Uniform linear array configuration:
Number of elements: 32
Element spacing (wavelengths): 0.75
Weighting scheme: cosine
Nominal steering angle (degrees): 15
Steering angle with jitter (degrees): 15.56
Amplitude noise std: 0.05
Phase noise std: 0.05

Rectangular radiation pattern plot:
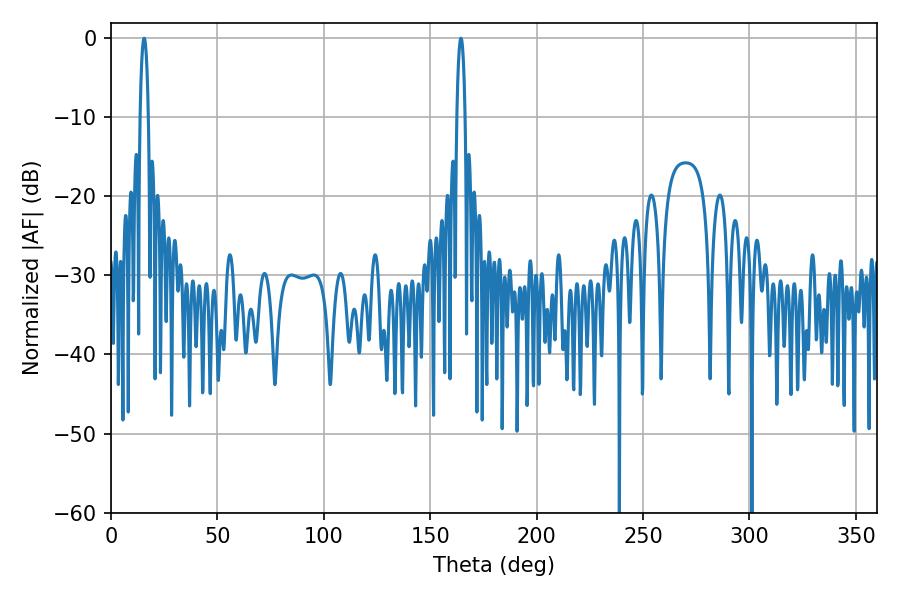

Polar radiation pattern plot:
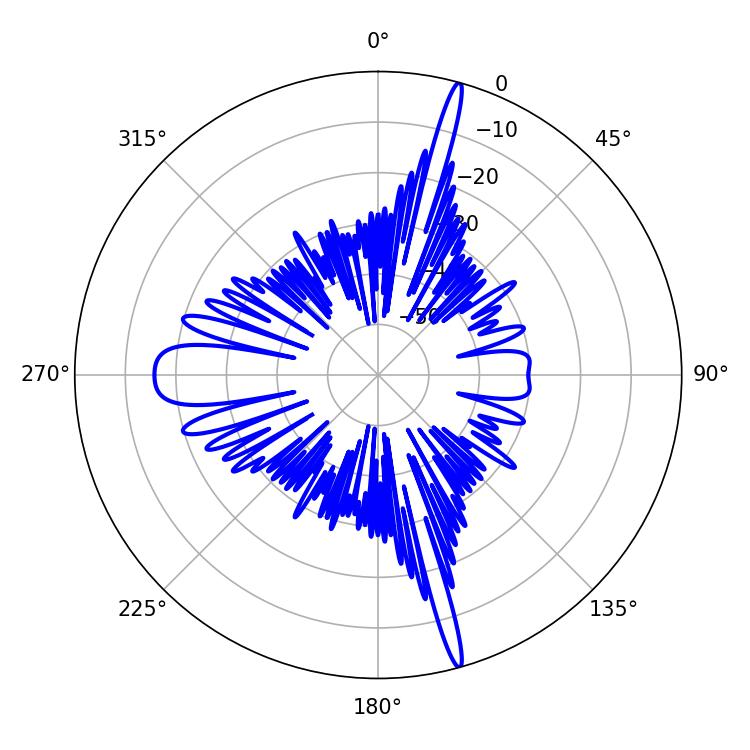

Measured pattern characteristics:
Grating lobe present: TRUE
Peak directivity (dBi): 21.248
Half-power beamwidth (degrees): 1.98
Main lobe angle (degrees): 15.48